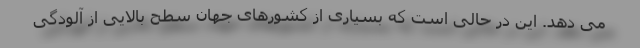
می دهد. این در حالی است که بسیاری از کشورهای جهان سطح بالایی از آلودگی